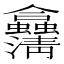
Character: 𠑴